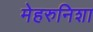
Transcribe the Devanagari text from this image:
मेहरुनिशा